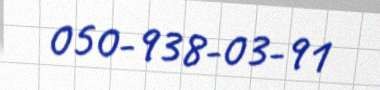
050-938-03-91